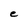
Character: e